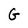
Character: G